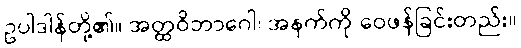
ဥပါဒါန်တို့၏။ အတ္ထဝိဘာဂေါ၊ အနက်ကို ဝေဖန်ခြင်းတည်း။